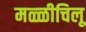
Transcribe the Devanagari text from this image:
मळ्ळीचिलू